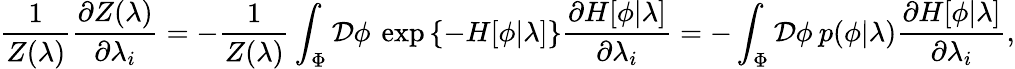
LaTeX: \frac{1}{Z(\lambda)}\frac{\partial Z(\lambda)}{\partial\lambda_{i}}=-\frac{1}{Z(\lambda)}\int_{\Phi}\mathcal{D}\phi\: \exp\left\{ -H[\phi|\lambda]\right\} \frac{\partial H[\phi|\lambda]}{\partial\lambda_{i}}=-\int_{\Phi}\mathcal{D}\phi\: p(\phi|\lambda)\frac{\partial H[\phi|\lambda]}{\partial\lambda_{i}},